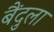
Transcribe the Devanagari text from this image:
बैंदुला